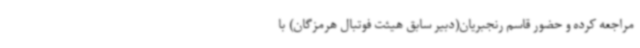
مراجعه کرده و حضور قاسم رنجبریان(دبیر سابق هیئت فوتبال هرمزگان) با